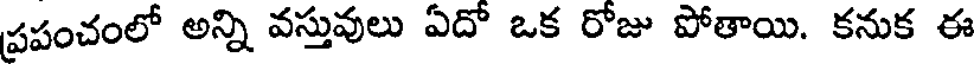
ప్రపంచంలో అన్ని వస్తువులు ఏదో ఒక రోజు పోతాయి. కనుక ఈ